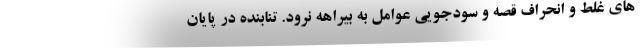
های غلط و انحراف قصه و سودجویی عوامل به بیراهه نرود. تنابنده در پایان